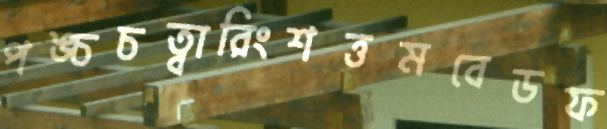
পঙ্চচত্বারিংশত্তমবেডফ